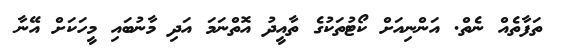
ތަފާތެއް ނެތް. އަންނިއަށް ކޯޓުތަކުގެ ތާއީދު އޮތްނަމަ އަދި މާނުބައި މީހަކަށް އޭނާ